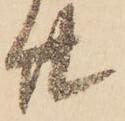
廿